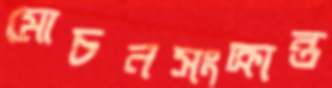
মোচনসংক্রান্ত